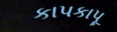
કાપકાપૂ